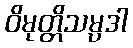
ဝိမုတ္တိသမ္ပဒါ